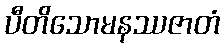
ပီတိသောမနဿဇာတံ